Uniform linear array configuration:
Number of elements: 24
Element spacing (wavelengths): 1
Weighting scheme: cosine
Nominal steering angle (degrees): -45
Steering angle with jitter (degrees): -45.934
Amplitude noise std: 0.05
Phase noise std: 0.05

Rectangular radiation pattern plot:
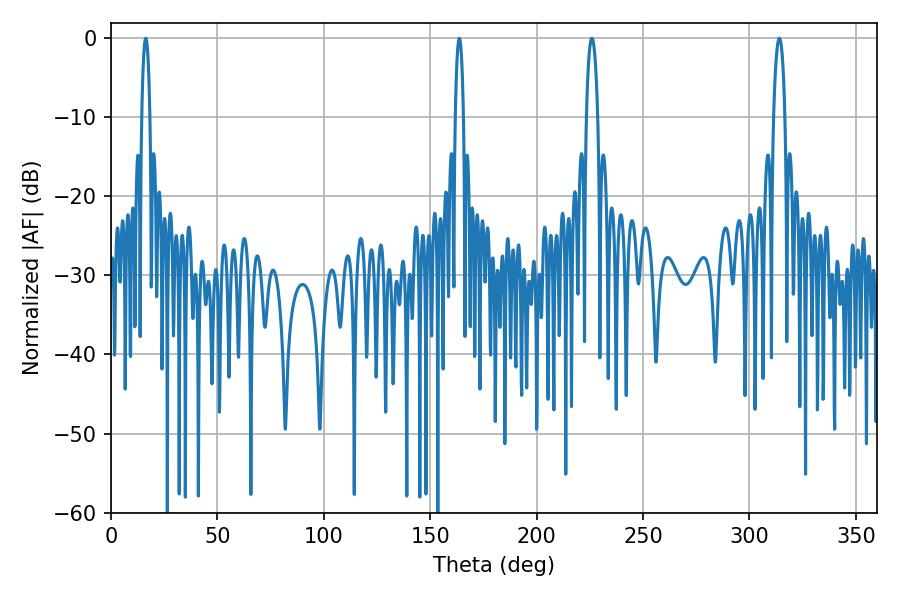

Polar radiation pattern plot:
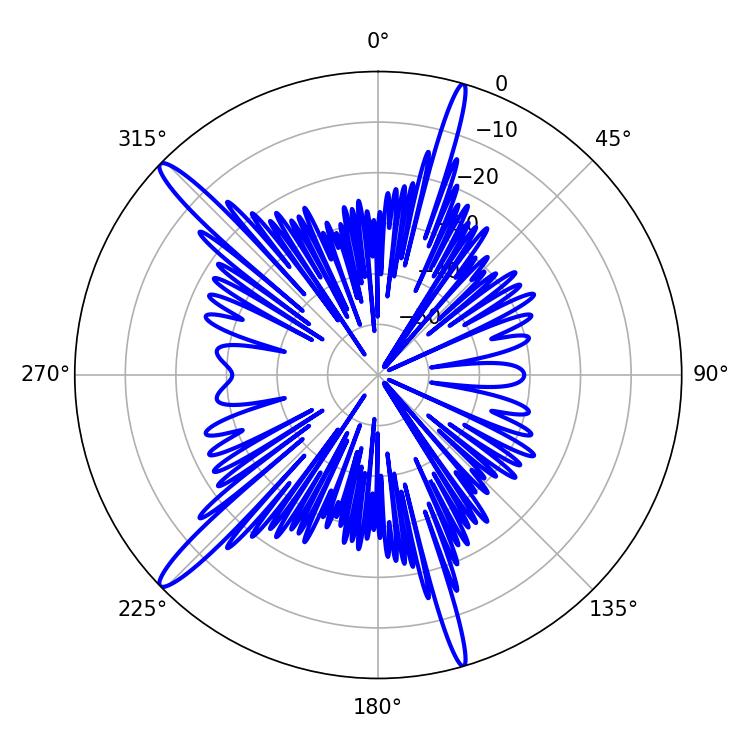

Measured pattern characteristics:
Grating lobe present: TRUE
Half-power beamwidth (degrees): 3.06
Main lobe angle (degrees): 225.9